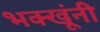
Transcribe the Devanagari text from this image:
भक्खूंनी